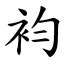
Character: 袀